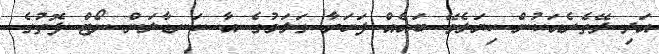
އަދި ދޭތެރެއަކުން ކިޔަލެވޭ ބައެއް ފަހަރާ ގަލަމުގެ އާ ކަނޑާލަން ނޯޓް ފޮތުގެ